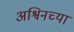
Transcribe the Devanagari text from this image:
अश्विनच्या